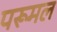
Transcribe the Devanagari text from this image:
परूमल